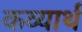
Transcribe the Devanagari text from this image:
कव्यार्थ